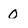
Character: 0